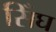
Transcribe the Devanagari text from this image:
सिँघ